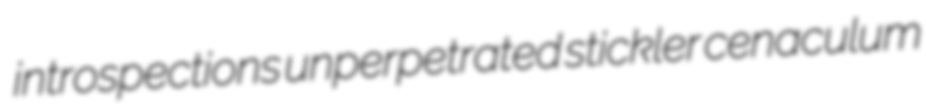
introspections unperpetrated stickler cenaculum